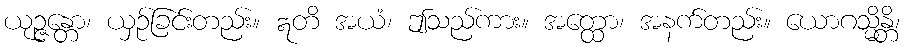
ယုဉ္ဇန္တော၊ ယှဉ်ခြင်းတည်း။ ဣတိ အယံ၊ ဤသည်ကား။ အတ္ထော၊ အနက်တည်း။ ယောဂသ္မိန္တိ၊